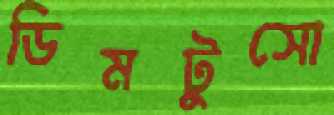
ডিমটুসো